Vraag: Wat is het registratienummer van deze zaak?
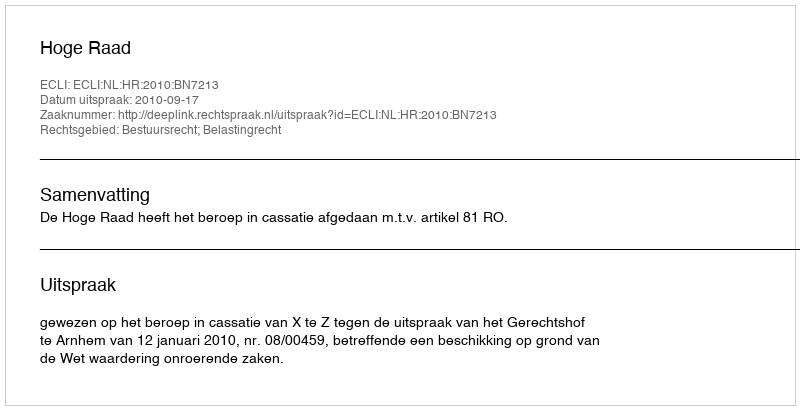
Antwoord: http://deeplink.rechtspraak.nl/uitspraak?id=ECLI:NL:HR:2010:BN7213